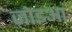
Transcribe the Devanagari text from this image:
ज़ोइआ